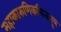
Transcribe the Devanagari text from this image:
महाकारुणिकचित्तसूत्र